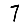
Digit: 7